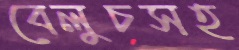
বেলুচসহ